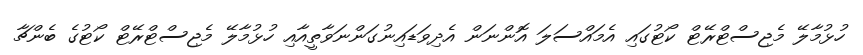
ހުޅުމާލޭ މެޖިސްޓްރޭޓް ކޯޓުގައި އެމައްސަލަ އޮންނަން އެދިވަޑައިނުގަންނަވާތީއާއި ހުޅުމާލޭ މެޖިސްޓްރޭޓް ކޯޓުގެ ބެންޗާ